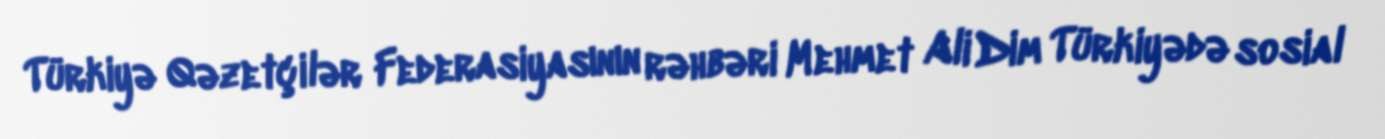
Türkiyə Qəzetçilər Federasiyasının rəhbəri Mehmet Ali Dim Türkiyədə sosial